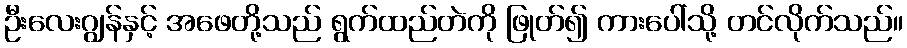
ဦးလေးဂျွန်နှင့် အဖေတို့သည် ရွက်ထည်တဲကို ဖြုတ်၍ ကားပေါ်သို့ တင်လိုက်သည်။